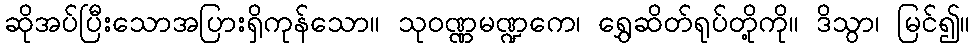
ဆိုအပ်ပြီးသောအပြားရှိကုန်သော။ သုဝဏ္ဏမဏ္ဍကေ၊ ရွှေဆိတ်ရုပ်တို့ကို။ ဒိသွာ၊ မြင်၍။